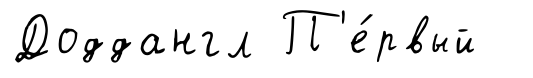
Доддангл П'е́рвый